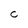
Character: C